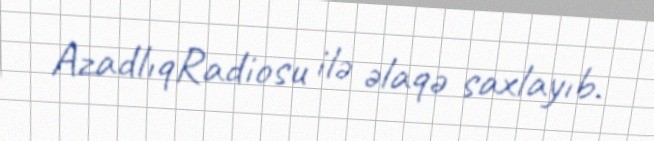
AzadlıqRadiosu ilə əlaqə saxlayıb.